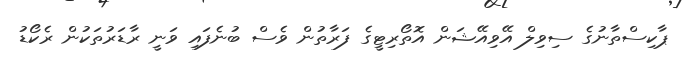
ޕާކިސްތާނުގެ ސިވިލް އޭވިއޭޝަން އޮތޯރިޓީގެ ފަރާތުން ވެސް ބުނެފައި ވަނީ ރާޑަރުތަކުން ރެކޯޑު